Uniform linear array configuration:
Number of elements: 32
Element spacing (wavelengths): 0.75
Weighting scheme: exponential
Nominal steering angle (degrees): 30
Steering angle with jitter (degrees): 31.643
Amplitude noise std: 0.05
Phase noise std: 0.05

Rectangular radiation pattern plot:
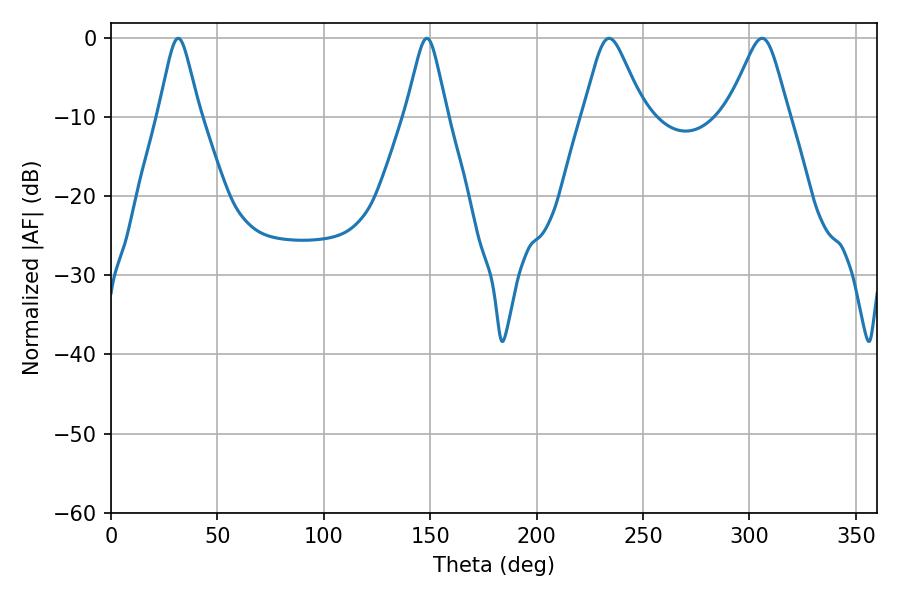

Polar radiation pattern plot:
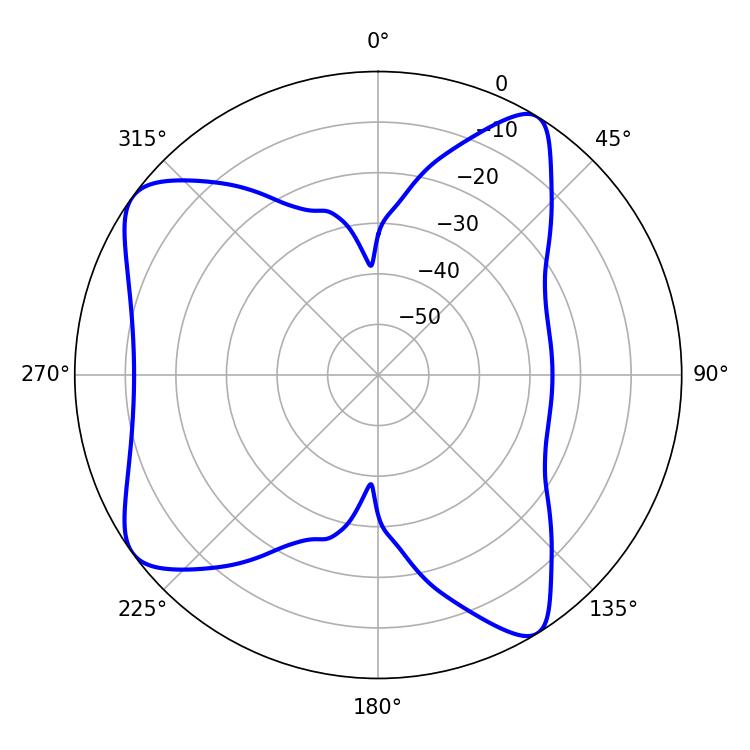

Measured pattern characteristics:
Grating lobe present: TRUE
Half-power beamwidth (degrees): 13.68
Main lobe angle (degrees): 234